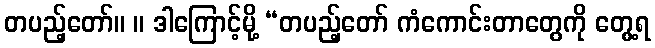
တပည့်တော်။ ။ ဒါကြောင့်မို့ “တပည့်တော် ကံကောင်းတာတွေကို တွေ့ရ